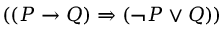
( ( P \rightarrow Q ) \Rightarrow ( \neg P \vee Q ) )